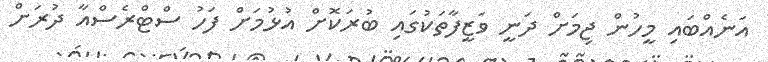
އަނެއްބައި މީހުން ޖިމަށް ދަނީ ވަޒީފާތަކުގައި ބުރަކޮށް އުޅުމަށް ފަހު ސްޓްރެސްއާ ދުރަށް